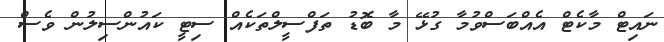
ނައިޓް މާކެޓް އެއްބަސްވުމާ ގުޅޭ މާ ބޮޑު ތަފްސީލްތަކެއް ސިޓީ ކައުންސިލުން ވެސް